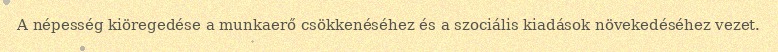
A népesség kiöregedése a munkaerő csökkenéséhez és a szociális kiadások növekedéséhez vezet.